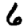
Digit: 6